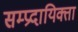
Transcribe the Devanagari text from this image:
सम्प्रदायिक्ता